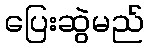
ပြေးဆွဲမည်